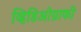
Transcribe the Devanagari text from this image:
व्हिडिओग्राफी